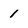
Character: 1